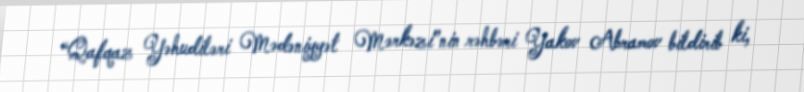
“Qafqaz Yəhudiləri Mədəniyyət Mərkəzi”nin rəhbəri Yakov Abramov bildirib ki,